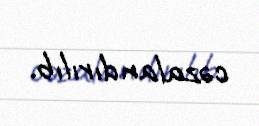
cəzalandırılıb.